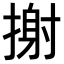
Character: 𢲌